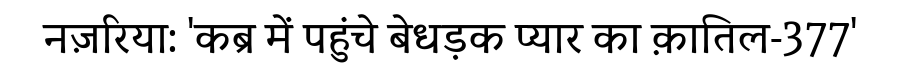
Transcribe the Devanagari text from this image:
नज़रिया: 'कब्र में पहुंचे बेधड़क प्यार का क़ातिल-377'